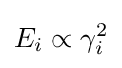
E_{i}\propto \gamma _{i}^{2}